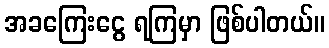
အခကြေးငွေ ရကြမှာ ဖြစ်ပါတယ်။